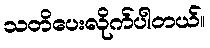
သတိပေးလိုက်ပါတယ်။